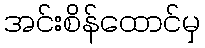
အင်းစိန်ထောင်မှ